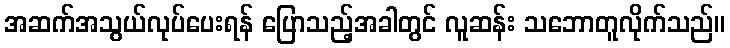
အဆက်အသွယ်လုပ်ပေးရန် ပြောသည့်အခါတွင် လူဆန်း သဘောတူလိုက်သည်။